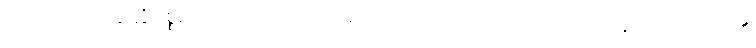
တေ ဧဝ၊ ထို နတ္ထိပစ္စည်းတပ်သော တရားတို့သည်ပင်လျှင်။ ဝိဂတဘာဝေန၊ ကင်းသည်၏